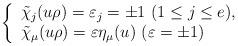
LaTeX: \begin{align*} \left\{ \begin{array}{l}\tilde{\chi}_j (u\rho) = \varepsilon_j = \pm 1 \ ( 1 \leq j \leq e), \\ \tilde{\chi}_{\mu}(u \rho) = \varepsilon \eta_{\mu}(u) \ (\varepsilon = \pm 1)\end{array} \right. \end{align*}